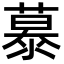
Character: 𪷂